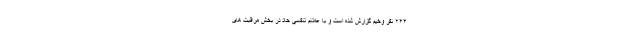
۲۴۴ نفر وخیم گزارش شده است و با علائم تنفسی حاد در بخش مراقبت های